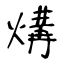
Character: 煹